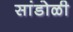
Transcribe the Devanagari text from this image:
सांडोळी